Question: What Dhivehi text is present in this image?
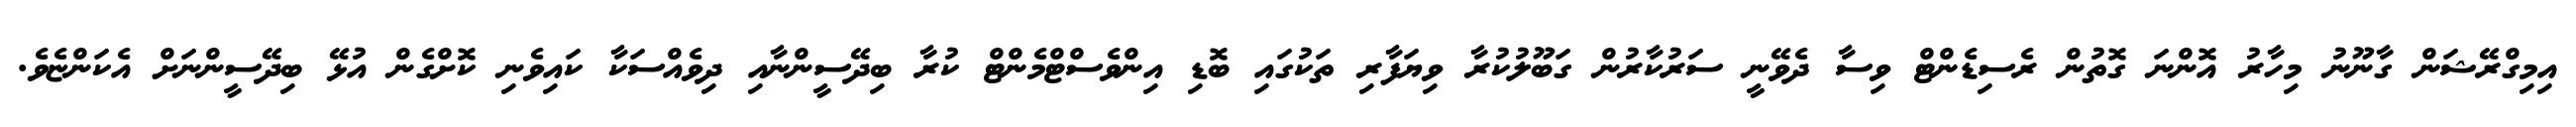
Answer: އިމިގްރޭޝަން ގާނޫނު މިހާރު އޮންނަ ގޮތުން ރެސިޑެންޓް ވިސާ ދެވޭނީ ސަރުކާރުން ގަބޫލުކުރާ ވިޔަފާރި ތަކުގައި ބޮޑި އިންވެސްޓްމެންޓް ކުރާ ބިދޭސީންނާއި ދިވެއްސަކާ ކައިވެނި ކޮށްގެން އުޅޭ ބިދޭސީންނަށް އެކަންޏެވެ.